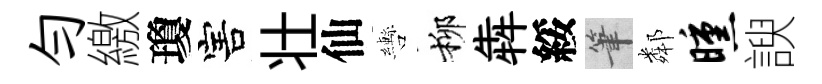
勻繳瓊害壮仙轡柳犇綏筆鄰曛諛